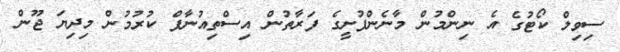
ސިވިލް ކޯޓުގެ އެ ނިންމުން މާނެންފުށީގެ ފަރާތުން އިސްތިއުނާފް ކުރުމުން މިދިޔަ ޖޫން